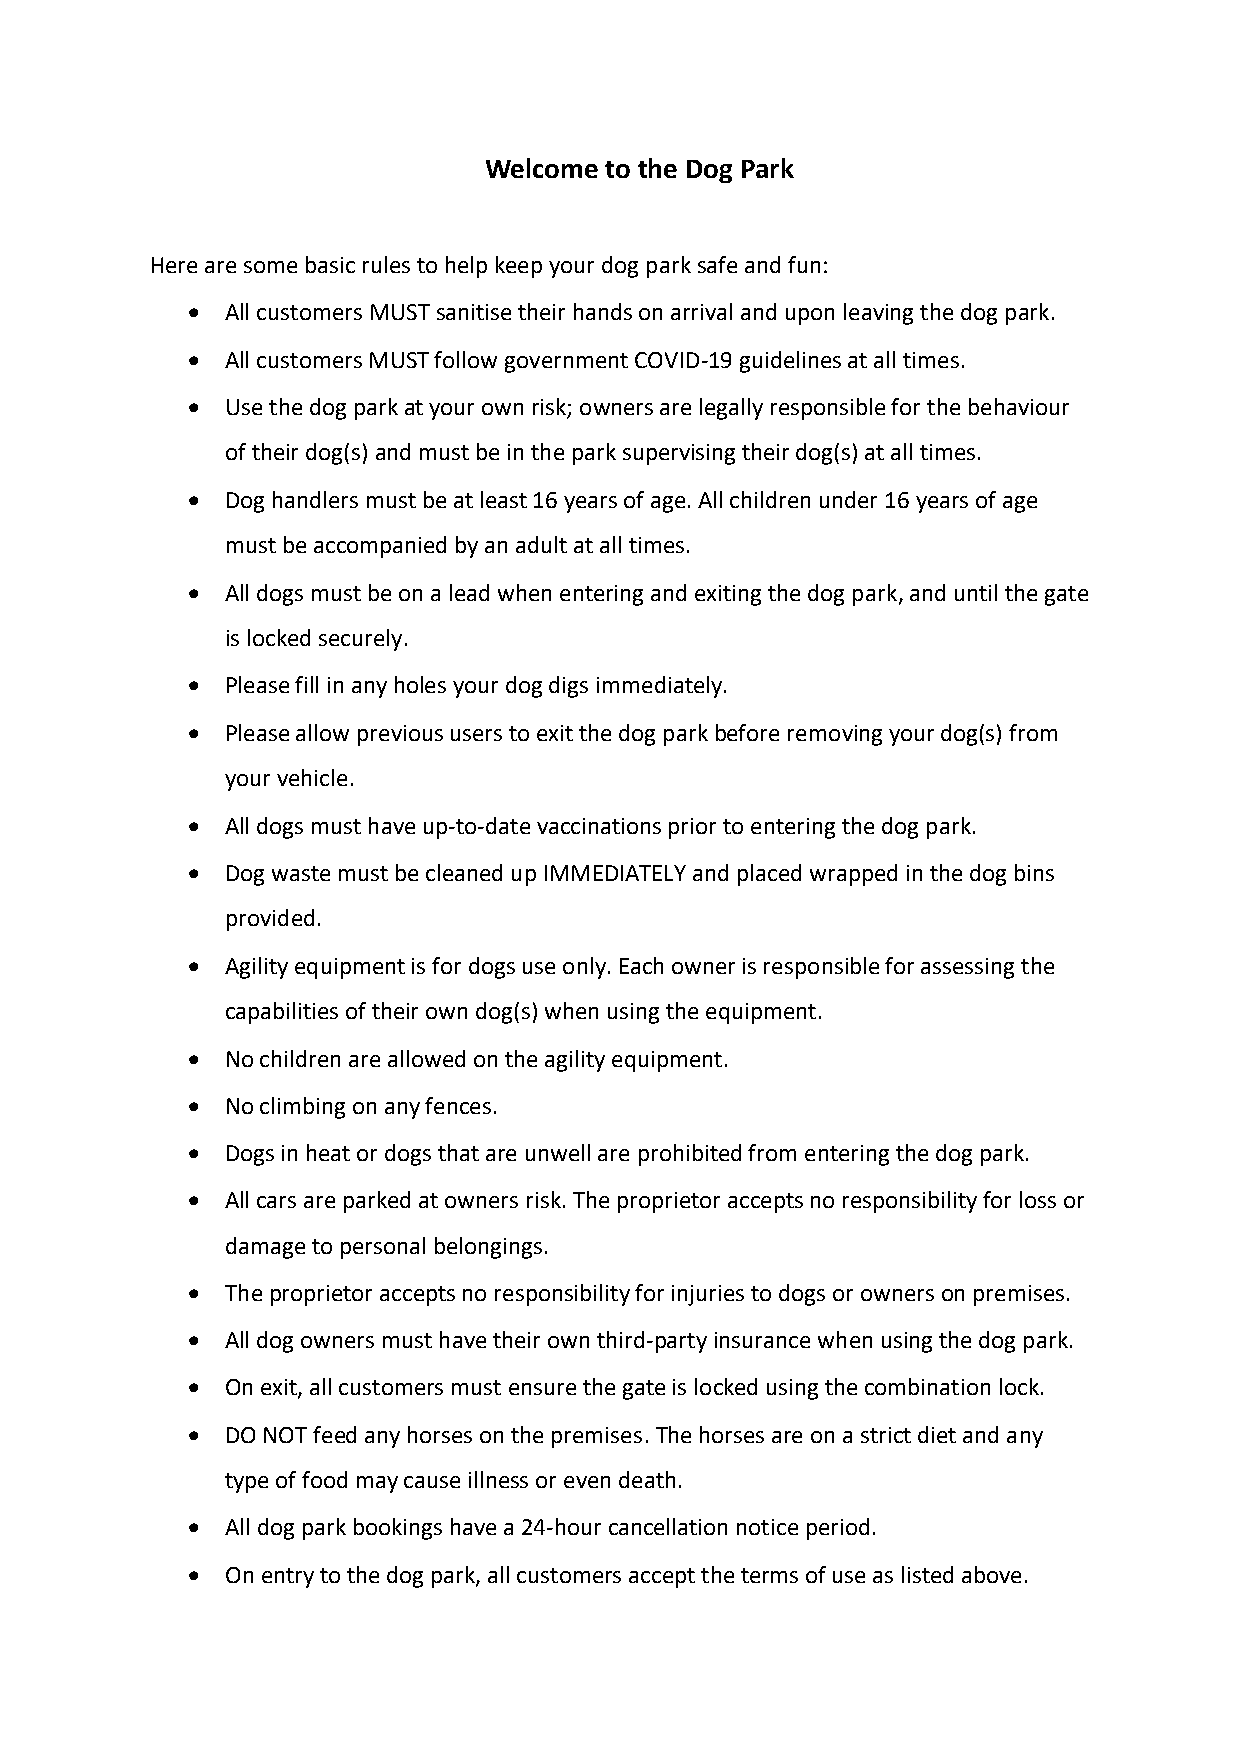
Welcome to the Dog Park
 Here are some basic rules to help keep your dog park safe and fun:
 •  All customers MUST sanitise their hands on arrival and upon leaving the dog park.
 •  All customers MUST follow government COVID-19 guidelines at all times.
 •  Use the dog park at your own risk; owners are legally responsible for the behaviour
 of their dog(s) and must be in the park supervising their dog(s) at all times.
 •  Dog handlers must be at least 16 years of age. All children under 16 years of age
 must be accompanied by an adult at all times.
 •  All dogs must be on a lead when entering and exiting the dog park, and until the gate
 is locked securely.
 •  Please fill in any holes your dog digs immediately.
 •  Please allow previous users to exit the dog park before removing your dog(s) from
 your vehicle.
 •  All dogs must have up-to-date vaccinations prior to entering the dog park.
 •  Dog waste must be cleaned up IMMEDIATELY and placed wrapped in the dog bins
 provided.
 •  Agility equipment is for dogs use only. Each owner is responsible for assessing the
 capabilities of their own dog(s) when using the equipment.
 •  No children are allowed on the agility equipment.
 •  No climbing on any fences.
 •  Dogs in heat or dogs that are unwell are prohibited from entering the dog park.
 •  All cars are parked at owners risk. The proprietor accepts no responsibility for loss or
 damage to personal belongings.
 •  The proprietor accepts no responsibility for injuries to dogs or owners on premises.
 •  All dog owners must have their own third-party insurance when using the dog park.
 •  On exit, all customers must ensure the gate is locked using the combination lock.
 •  DO NOT feed any horses on the premises. The horses are on a strict diet and any
 type of food may cause illness or even death.
 •  All dog park bookings have a 24-hour cancellation notice period.
 •  On entry to the dog park, all customers accept the terms of use as listed above.